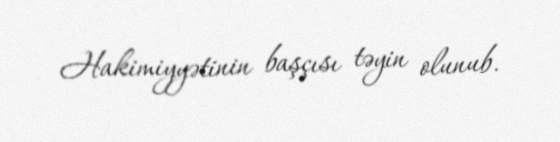
Hakimiyyətinin başçısı təyin olunub.